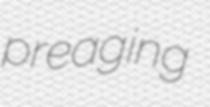
preaging